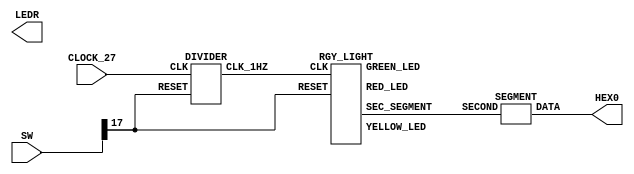
/* 4 SECONDs RED, 1 SECONDs YELLOW, 4 SECONDs GREEN */
module FSM_RGY_LIGHT(
	input  wire 	   CLOCK_27,
	input  wire [17:0] SW,
	
	output wire [6:0]  HEX0,
	output wire [17:0] LEDR
);

	wire CLOCK_1HZ;
	wire [2:0] SECOND;

	DIVIDER   d0(CLOCK_27,  SW[17], CLOCK_1HZ);
	RGY_LIGHT r0(CLOCK_1HZ, SW[17], SECOND, LEDR[17], LEDR[13], LEDR[15]);
	SEGMENT   s0(SECOND,	HEX0);

endmodule

module DIVIDER(
	input  wire CLK,
	input  wire RESET,
	
	output reg  CLK_1HZ
);
	
	integer DIVIDER;
	
	always @(posedge RESET or negedge CLK)
		begin
			if(RESET)
				DIVIDER <= 0;
			else
				begin
					if(DIVIDER == 26999999)
						DIVIDER <= 0;
					else
						DIVIDER <= DIVIDER + 1;
					
					if(DIVIDER < 13500000)
						CLK_1HZ <= 0;
					else
						CLK_1HZ <= 1;
				end
		end

endmodule

/* Watch Out Of Multiple Constant Drivers For Net */
module RGY_LIGHT(
	input  wire 	  CLK,
	input  wire 	  RESET,
	
	output wire [2:0] SEC_SEGMENT,
	
	output wire 	  RED_LED,
	output wire 	  GREEN_LED,
	output wire 	  YELLOW_LED
);
	
	parameter [1:0] RED    = 2'b00,
					GREEN  = 2'b01,
					YELLOW = 2'b10;
					
	reg [1:0] PRE_STATE;
	reg [1:0] NEXT_STATE;
	reg [2:0] SECOND;

	/* Define The Sequential Block */
	always @(posedge RESET or negedge CLK)
		begin
			if(RESET)
				begin
					PRE_STATE <= RED;
					SECOND    <= 3'b000;
				end
			else
				begin
					PRE_STATE <= NEXT_STATE;
					SECOND 	  <= SECOND + 1'b1;
					
					if(PRE_STATE == RED)
						begin
							if(SECOND == 3'b100)
								SECOND <= 3'b000;
						end
					else if(PRE_STATE == YELLOW)
						begin
							if(SECOND == 3'b001)
								SECOND <= 3'b000;
						end
					else if(PRE_STATE == GREEN)
						begin
							if(SECOND == 3'b100)
								SECOND <= 3'b000;
						end
				end
		end
		
	/* Define The Next State Combinational Circuit */
	always @(SECOND or PRE_STATE)
		begin
			case(PRE_STATE)
				RED:
					begin
						if(SECOND == 3'b100)
							begin
								//SECOND	   = 3'b000;
								NEXT_STATE = YELLOW;
							end
						else
							begin
								//SECOND     = SECOND + 1'b1;
								NEXT_STATE = RED;
							end
					end
					
				YELLOW:
					begin
						if(SECOND == 3'b001)
							begin
								//SECOND 	   = 3'b000;
								NEXT_STATE = GREEN;
							end
						else
							begin
								//SECOND	   = SECOND + 1'b1;
								NEXT_STATE = YELLOW;
							end
					end
					
				GREEN:
					begin
						if(SECOND == 3'b100)
							begin
								//SECOND	   = 3'b000;
								NEXT_STATE = RED;
							end
						else
							begin
								//SECOND	   = SECOND + 1'b1;
								NEXT_STATE = RED;
							end
					end
					
				default:
					begin
						NEXT_STATE = 2'bxx;
					end
			endcase
		end
			
	assign RED_LED     = (PRE_STATE == RED)    ? 1'b1 : 1'b0;
	assign GREEN_LED   = (PRE_STATE == GREEN)  ? 1'b1 : 1'b0;
	assign YELLOW_LED  = (PRE_STATE == YELLOW) ? 1'b1 : 1'b0;
	
	assign SEC_SEGMENT = SECOND;

endmodule

module SEGMENT(
	input  wire [2:0] SECOND,
	
	output reg  [6:0] DATA
);

	always @( * )
		begin
			case(SECOND)
				4'h0 	:	DATA = 7'b1000000;
				4'h1 	:	DATA = 7'b1111001;
				4'h2 	: 	DATA = 7'b0100100;
				4'h3 	: 	DATA = 7'b0110000;
				4'h4 	: 	DATA = 7'b0011001;
				default : 	DATA = 7'b1111111;
			endcase
		end

endmodule